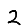
Digit: 2